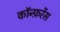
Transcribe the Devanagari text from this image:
काॅन्फ़रेंस